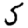
Digit: 5